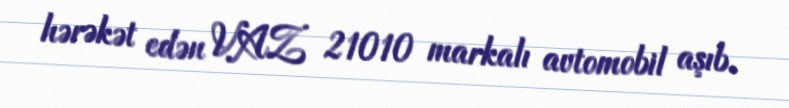
hərəkət edən VAZ 21010 markalı avtomobil aşıb.